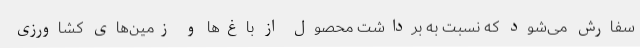
سفارش می‌شود که نسبت به برداشت محصول از باغ‌ها و زمین‌های کشاورزی